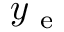
y _ { \mathrm { ~ e ~ } }